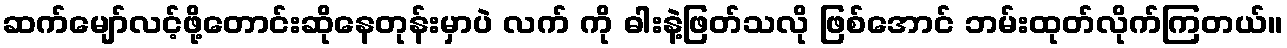
ဆက်မျော်လင့်ဖို့တောင်းဆိုနေတုန်းမှာပဲ လက် ကို ဓါးနဲ့ဖြတ်သလို ဖြစ်အောင် ဘမ်းထုတ်လိုက်ကြတယ်။